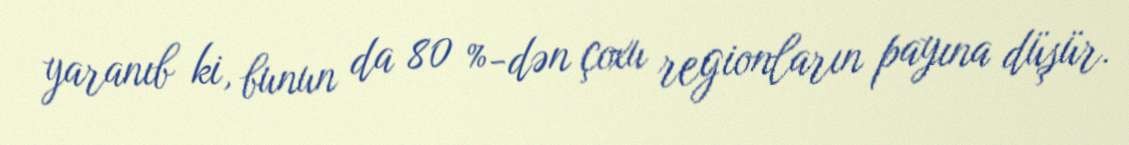
yaranıb ki, bunun da 80 %-dən çoxu regionların payına düşür.